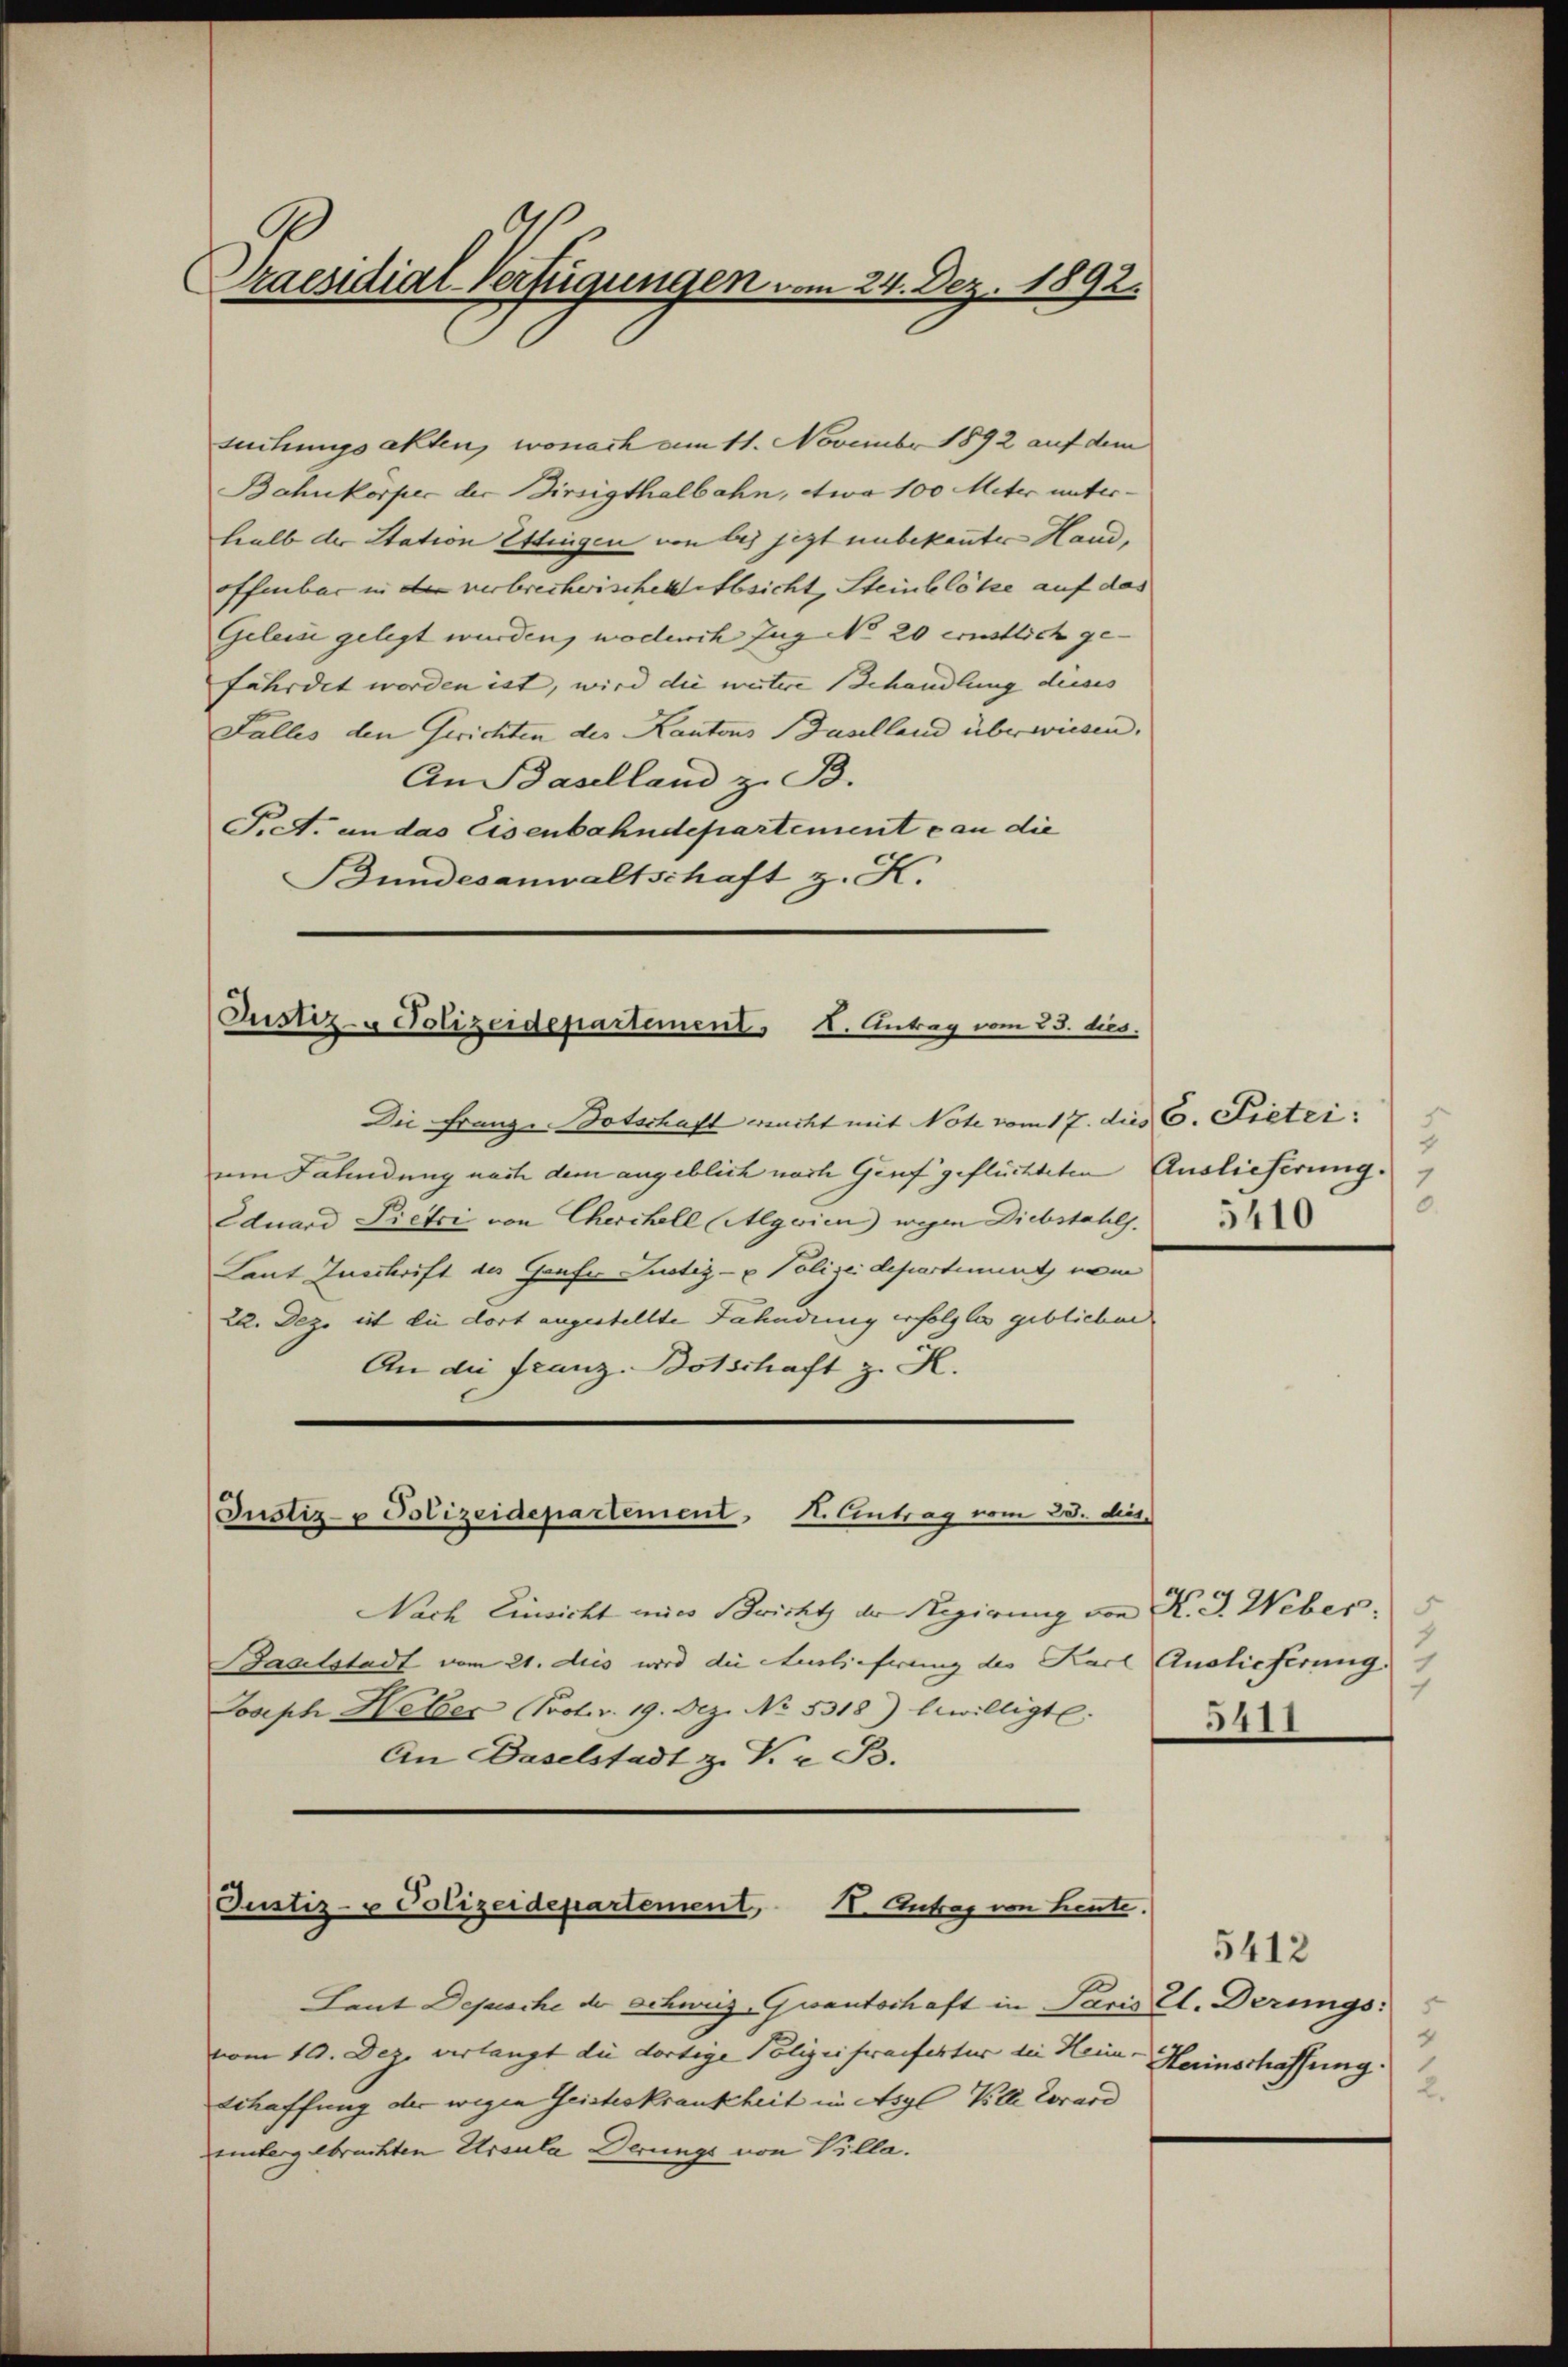
Praesidial-Verfügungen vom 24. Dez. 1892.

suchungsakten, wonach am 11. November 1892 auf dem
Bahnkorpec der Birsigthalbahn, etwa 100 Meter unter-
halb der Station Ettingen von bis jetzt unbekannter Hand,
offenbar in der verbrecherischek absicht, Steinblökze auf das
Geleise gelegt wurden, wodurch Zug No 20 ernstlich ge-
fährdet worden ist, wird die weitere Behandlung dieses
Falles den Gerichten des Kantons Baselland überwiesen.
An Baselland z. B.
Pct. undas Eisenbahndepartement can die
Bundesanwaltschaft z. K.

Justiz- & Polizeidepartement A. Antrag vom 25. dies.

Die Franze Botschaft macht mit Note vom 17. dies C. Pietri
um Fahndung nach dem angeblich noch Genf geflüchteten Auslieferung.
Eduard Pietri von Cherchell (Algeien wegen Diebstahls. 3
Laut Zuschrift des Grafer Justiz- & Polizeidepartiment, nam
22. Dez. ist die dort angestellte Fahndung erfolgtes geblichen.
An die Franz. Botschaft z. K.
Justiz- u Polizeidepartement. I. Antrag vom 28. dies
Nach Einsicht mir Bericht der Regierung von K. G. Weber¬
Baalstadt vom 21. des wird die Auslieferung des Karl Auslieferung.
Joseph Heber rot. v. 19. Dez. No. 5318) bewilligte.
An Baselstadt z. K. z. B.

Justiz- u Polizeidepartement, II. Antrag von heute.

Laut Depesche der Schweiz Gwantschaft in Paris E. Derungsvom 10. Dez. verlangt die dortige Polizei fraiferter die Hein-Herinschaffung.
Schaffung der wegen Geisteskrankheit im Asyl Kelle Corard
uintergebrachten Ursula Derungs von Villa.

5
.

.
1
5411

5412
5
2.